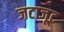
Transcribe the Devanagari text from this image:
जटाजूट